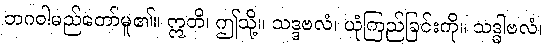
ဘဂဝါမည်တော်မူ၏။ ဣတိ၊ ဤသို့။ သဒ္ဒဗလံ၊ ယုံကြည်ခြင်းကို။ သဒ္ဓါဗလံ၊